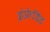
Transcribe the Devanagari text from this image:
इंफ्रेडिड